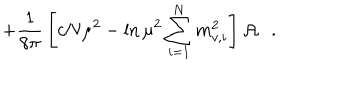
+ { \frac { 1 } { 8 \pi } } \left[ c N \mu ^ { 2 } - \ln \mu ^ { 2 } \sum _ { i = 1 } ^ { N } m _ { v , i } ^ { 2 } \right] { \cal A } .